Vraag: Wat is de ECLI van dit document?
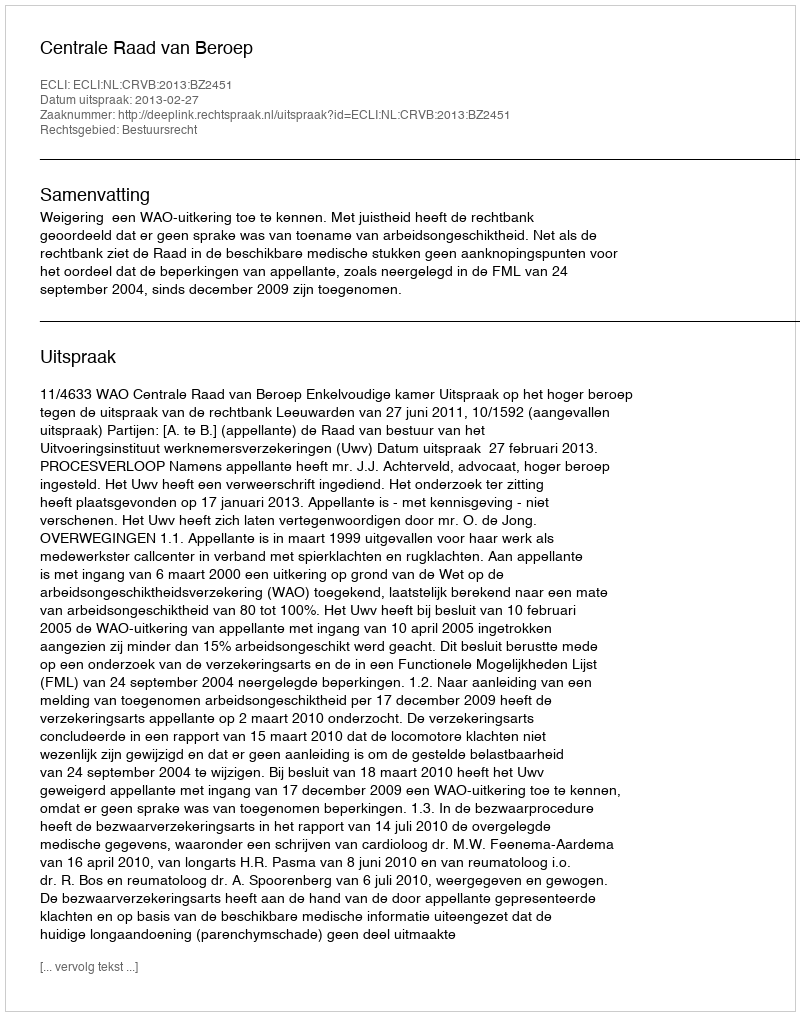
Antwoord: ECLI:NL:CRVB:2013:BZ2451